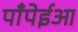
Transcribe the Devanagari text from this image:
पाँपेईआ